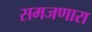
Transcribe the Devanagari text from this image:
समजणारा